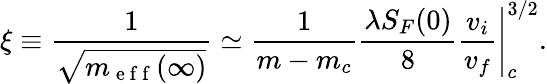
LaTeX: \xi\equiv\frac{1}{\sqrt{m_{\mathrm{~e~f~f~}}(\infty)}}\simeq\frac{1}{m-m_{c}}\frac{\lambda S_{F}(0)}{8}\left.\frac{v_{i}}{v_{f}}\right|_{c}^{3/2}.